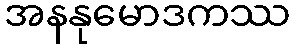
အနနုမောဒကဿ